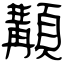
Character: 顜